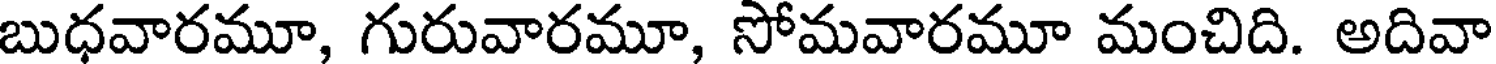
బుధవారమూ, గురువారమూ, సోమవారమూ మంచిది. అదివా